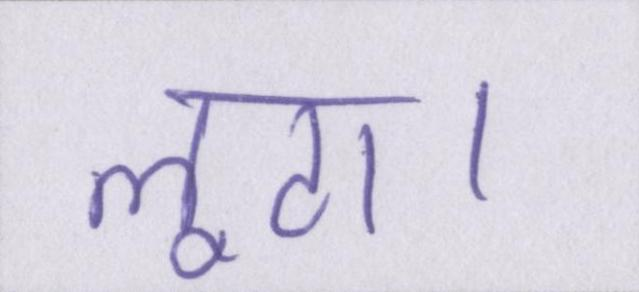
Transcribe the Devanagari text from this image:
लूटा।